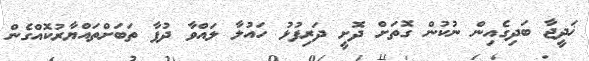
ޚަދީޖާ ބަދިގެއިން ނުކުން ގޮތަށް ދޮށީ ދަރިފުޅު ހައުލާ ލައްވާ ދުފާ ތަބަށްތައްޔާރުކޮއްގެން